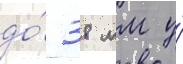
до́ 38 мм у́